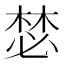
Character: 𣕾